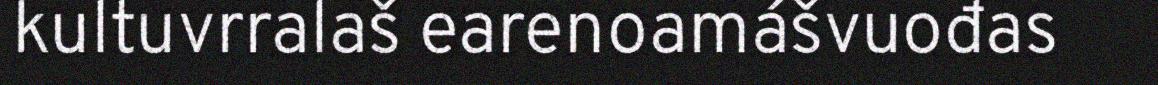
kultuvrralaš earenoamášvuođas